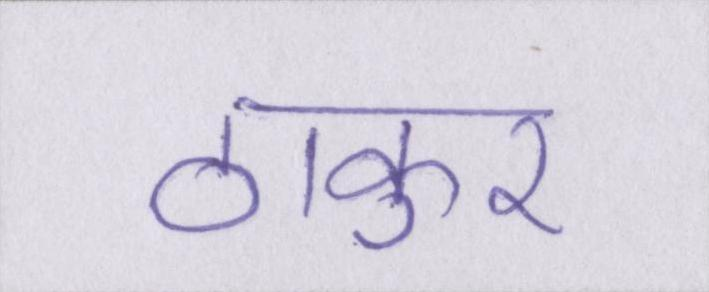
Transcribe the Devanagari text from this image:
ठाकुर